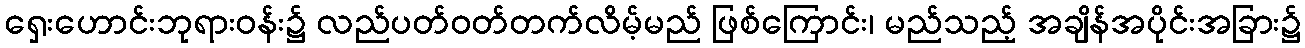
ရှေးဟောင်းဘုရားဝန်း၌ လည်ပတ်ဝတ်တက်လိမ့်မည် ဖြစ်ကြောင်း၊ မည်သည့် အချိန်အပိုင်းအခြား၌